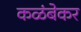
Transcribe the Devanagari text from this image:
कळंबेकर